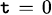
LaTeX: \scriptstyle\mathtt{t}\; =\; 0